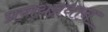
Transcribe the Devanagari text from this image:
प्रणयप्रधान